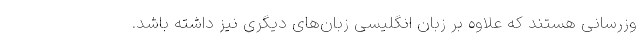
وزرسانی هستند که علاوه بر زبان انگلیسی زبان‌های دیگری نیز داشته باشد.